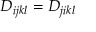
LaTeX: D _ { i j k l } = D _ { j i k l }